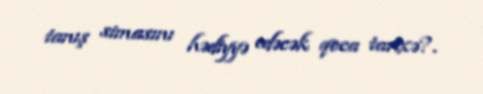
tanış simasını hədiyyə edəcək qoca tarixə?.